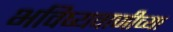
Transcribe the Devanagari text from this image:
भविष्यवाणीच्या